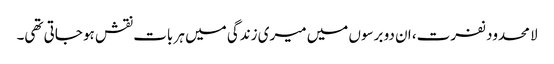
لا محدود نفرت، ان دو برسوں میں میری زندگی میں ہر بات نقش ہو جاتی تھی۔